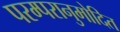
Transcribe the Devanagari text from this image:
परम्परानुमोदित